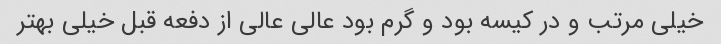
خیلی مرتب و در کیسه بود و گرم بود عالی عالی از دفعه قبل خیلی بهتر